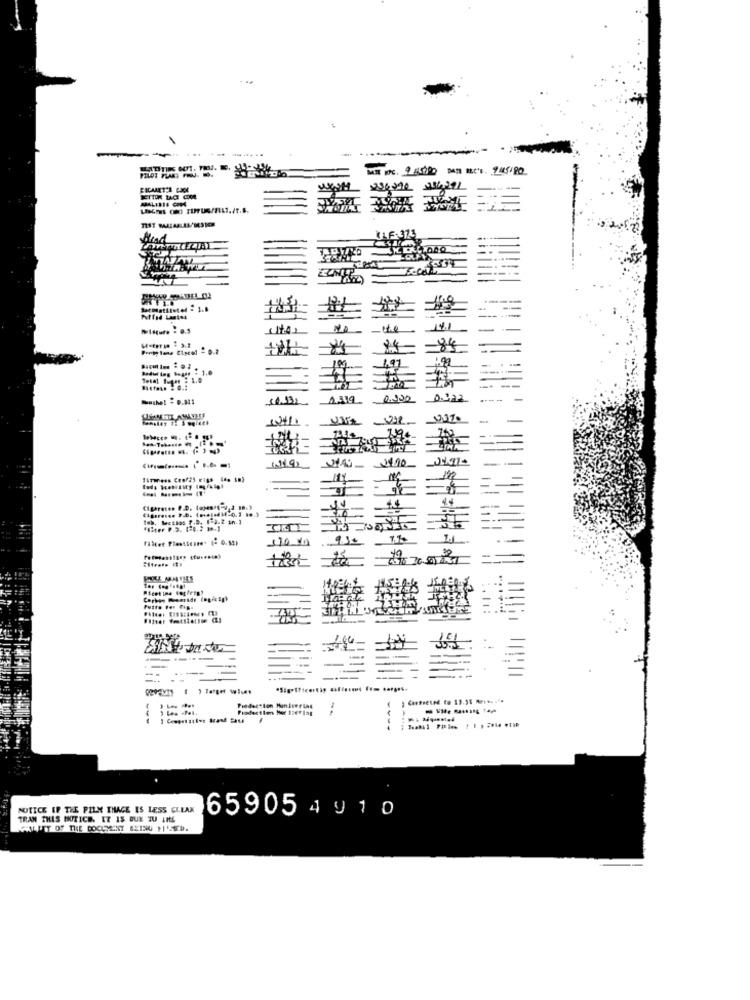
---....
FICAARTER COOK
Misture : 0.5
ite
141
24
1.47
Bodin ing bogas - 1.0
199
1.349 0.990 0322
Y43 3410
192
Putte Por F.g.
---
Piedection Handtering
-.
-
NOTICE IF THE FILM THAGE IS LESS CLEAN
TRAN THIS INOTICE. IT IS BUK JU ANS
65905 4 9 1 0